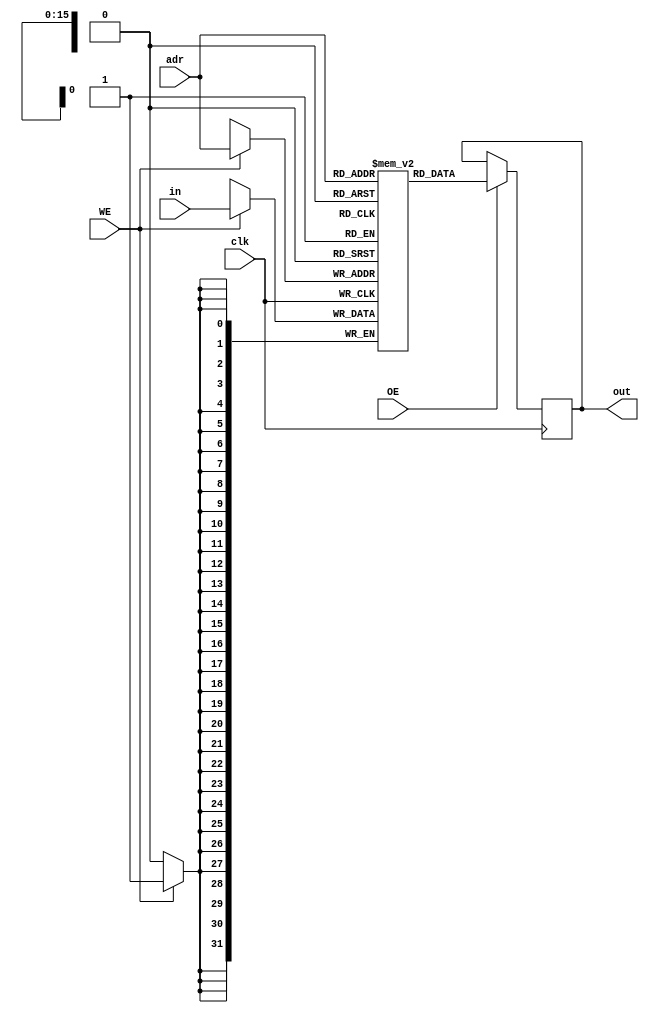
module SRAM#(parameter ADR = 16,
                parameter BITS = 32,
                parameter CELLS = 2**ADR)
            (clk, in, out, adr, WE, OE);

    input wire clk, WE, OE;
    input wire [BITS-1:0] in;
    input wire [ADR-1:0] adr;

    output reg [BITS-1:0] out;

    reg [BITS-1:0] RAM [CELLS-1:0];

    always @ (posedge clk) begin
        if (WE) 
            RAM[adr] <= in;
        if (OE) 
            out <= RAM[adr];
    end

endmodule